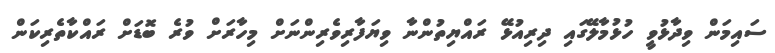
ސައިމަން ވިދާޅުވީ ހުޅުމާލޭގައި ދިރިއުޅޭ ރައްޔިތުންނާ ވިޔަފާރިވެރިންނަށް މިހާރަށް ވުރެ ބޮޑަށް ރައްކާތެރިކަން